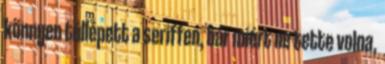
könnyen túllépett a seriffen, bár miért ne tette volna,